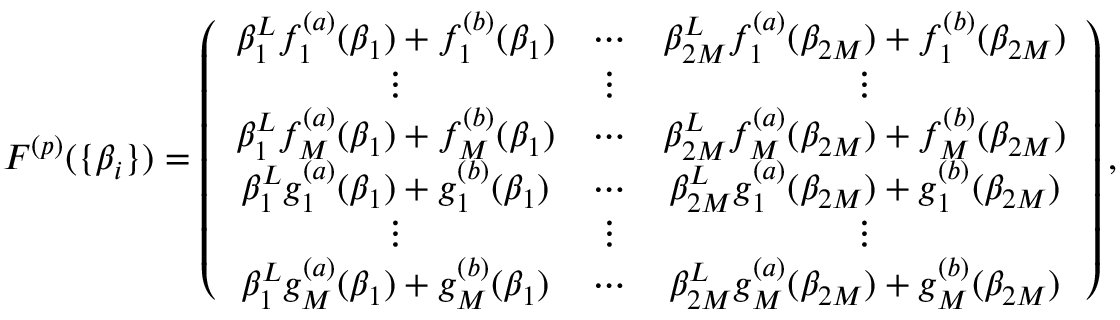
\begin{array} { r } { F ^ { ( p ) } ( \{ \beta _ { i } \} ) = \left( \begin{array} { c c c c c c } { \beta _ { 1 } ^ { L } f _ { 1 } ^ { ( a ) } ( \beta _ { 1 } ) + f _ { 1 } ^ { ( b ) } ( \beta _ { 1 } ) } & { \cdots } & { \beta _ { 2 M } ^ { L } f _ { 1 } ^ { ( a ) } ( \beta _ { 2 M } ) + f _ { 1 } ^ { ( b ) } ( \beta _ { 2 M } ) } \\ { \vdots } & { \vdots } & { \vdots } \\ { \beta _ { 1 } ^ { L } f _ { M } ^ { ( a ) } ( \beta _ { 1 } ) + f _ { M } ^ { ( b ) } ( \beta _ { 1 } ) } & { \cdots } & { \beta _ { 2 M } ^ { L } f _ { M } ^ { ( a ) } ( \beta _ { 2 M } ) + f _ { M } ^ { ( b ) } ( \beta _ { 2 M } ) } \\ { \beta _ { 1 } ^ { L } g _ { 1 } ^ { ( a ) } ( \beta _ { 1 } ) + g _ { 1 } ^ { ( b ) } ( \beta _ { 1 } ) } & { \cdots } & { \beta _ { 2 M } ^ { L } g _ { 1 } ^ { ( a ) } ( \beta _ { 2 M } ) + g _ { 1 } ^ { ( b ) } ( \beta _ { 2 M } ) } \\ { \vdots } & { \vdots } & { \vdots } \\ { \beta _ { 1 } ^ { L } g _ { M } ^ { ( a ) } ( \beta _ { 1 } ) + g _ { M } ^ { ( b ) } ( \beta _ { 1 } ) } & { \cdots } & { \beta _ { 2 M } ^ { L } g _ { M } ^ { ( a ) } ( \beta _ { 2 M } ) + g _ { M } ^ { ( b ) } ( \beta _ { 2 M } ) } \end{array} \right) , } \end{array}